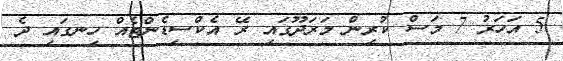
5 އަހަރު 7 މަސް ކުރިން މަރަދޫގައި ރޭ އެކްސިޑެންޓެއް ހިނގައި ދެ